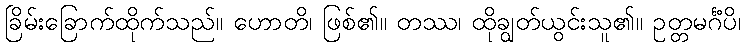
ခြိမ်းခြောက်ထိုက်သည်။ ဟောတိ၊ ဖြစ်၏။ တဿ၊ ထိုချွတ်ယွင်းသူ၏။ ဥတ္တမင်္ဂံပိ၊